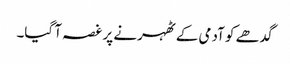
گدھے کو آدمی کے ٹھہرنے پر غصہ آ گیا۔